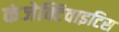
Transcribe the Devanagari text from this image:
कंजेक्टिवाइटिस